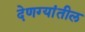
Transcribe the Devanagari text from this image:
देणग्यांतील